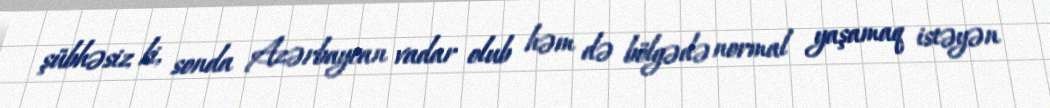
şübhəsiz ki, sonda Azərbaycan vadar olub həm də bölgədə normal yaşamaq istəyən